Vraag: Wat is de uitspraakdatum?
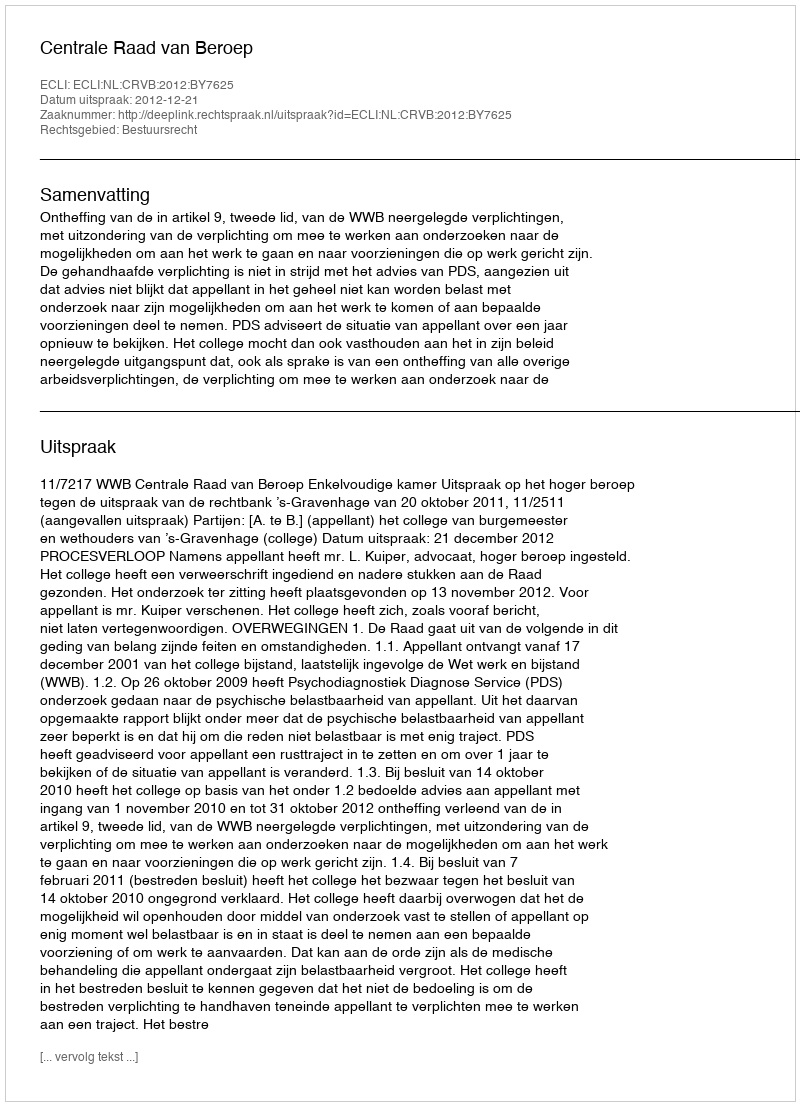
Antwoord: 2012-12-21